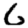
Digit: 6